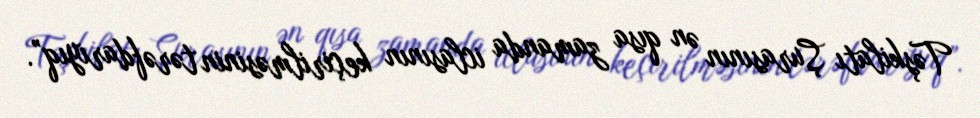
Təşkilatı Şurasının ən qısa zamanda iclasının keçirilməsinin tərəfdarıyıq”.